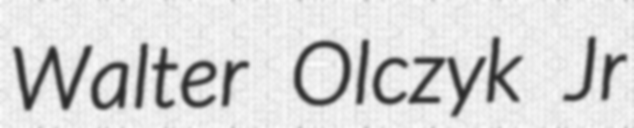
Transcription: Walter Olczyk Jr